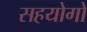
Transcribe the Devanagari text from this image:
सहयोगो